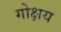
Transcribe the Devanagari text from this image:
गोक्षय